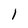
Character: 1